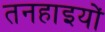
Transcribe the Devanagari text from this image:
तनहाइयों